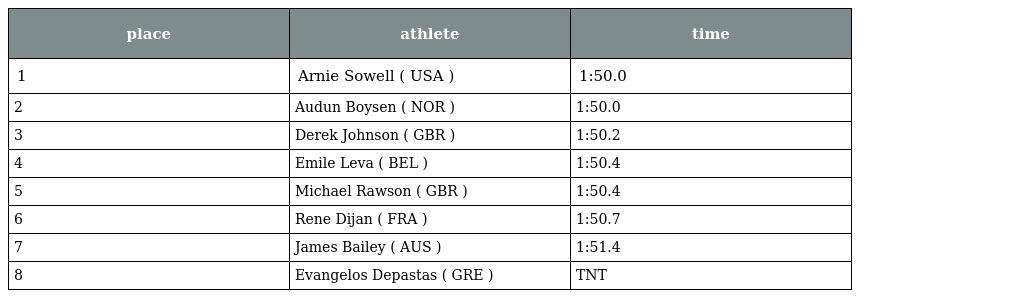
| place | athlete | time |
 | --- | --- | --- |
 | 1 | Arnie Sowell ( USA ) | 1:50.0 |
 | 2 | Audun Boysen ( NOR ) | 1:50.0 |
 | 3 | Derek Johnson ( GBR ) | 1:50.2 |
 | 4 | Emile Leva ( BEL ) | 1:50.4 |
 | 5 | Michael Rawson ( GBR ) | 1:50.4 |
 | 6 | Rene Dijan ( FRA ) | 1:50.7 |
 | 7 | James Bailey ( AUS ) | 1:51.4 |
 | 8 | Evangelos Depastas ( GRE ) | TNT |